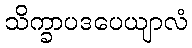
သိက္ခာပဒပေယျာလံ